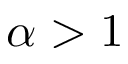
\alpha > 1